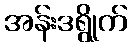
အန်းဒရွိုက်